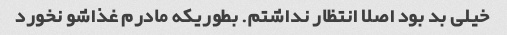
خیلی بد بود اصلا انتظار نداشتم. بطوریکه مادرم غذاشو نخورد